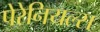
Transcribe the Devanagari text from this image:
पेरेनियल्स